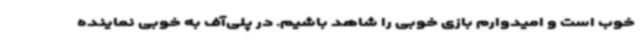
خوب است و امیدوارم بازی خوبی را شاهد باشیم. در پلی‌آف به خوبی نماینده